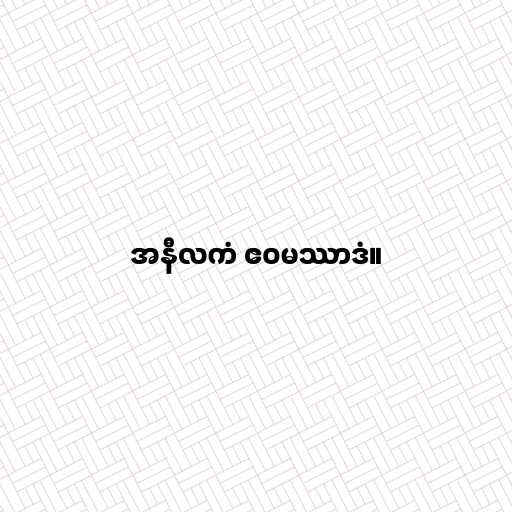
အနီလကံ ဧဝမဿာဒံ။